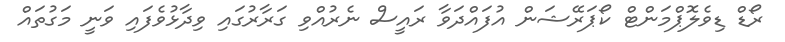
ރޯޑް ޑިވެލޮޕްމަންޓް ކޯޕަރޭޝަން އުފައްދަވާ ރައީސް ނެރުއްވި ގަރާރުގައި ވިދާޅުވެފައި ވަނީ މަގުތައް